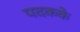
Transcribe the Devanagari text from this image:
पदकके